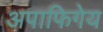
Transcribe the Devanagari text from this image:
अपाफिगेय